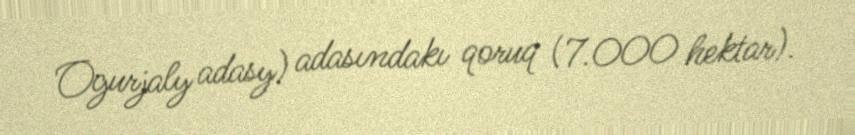
Ogurjaly adasy) adasındakı qoruq (7.000 hektar).